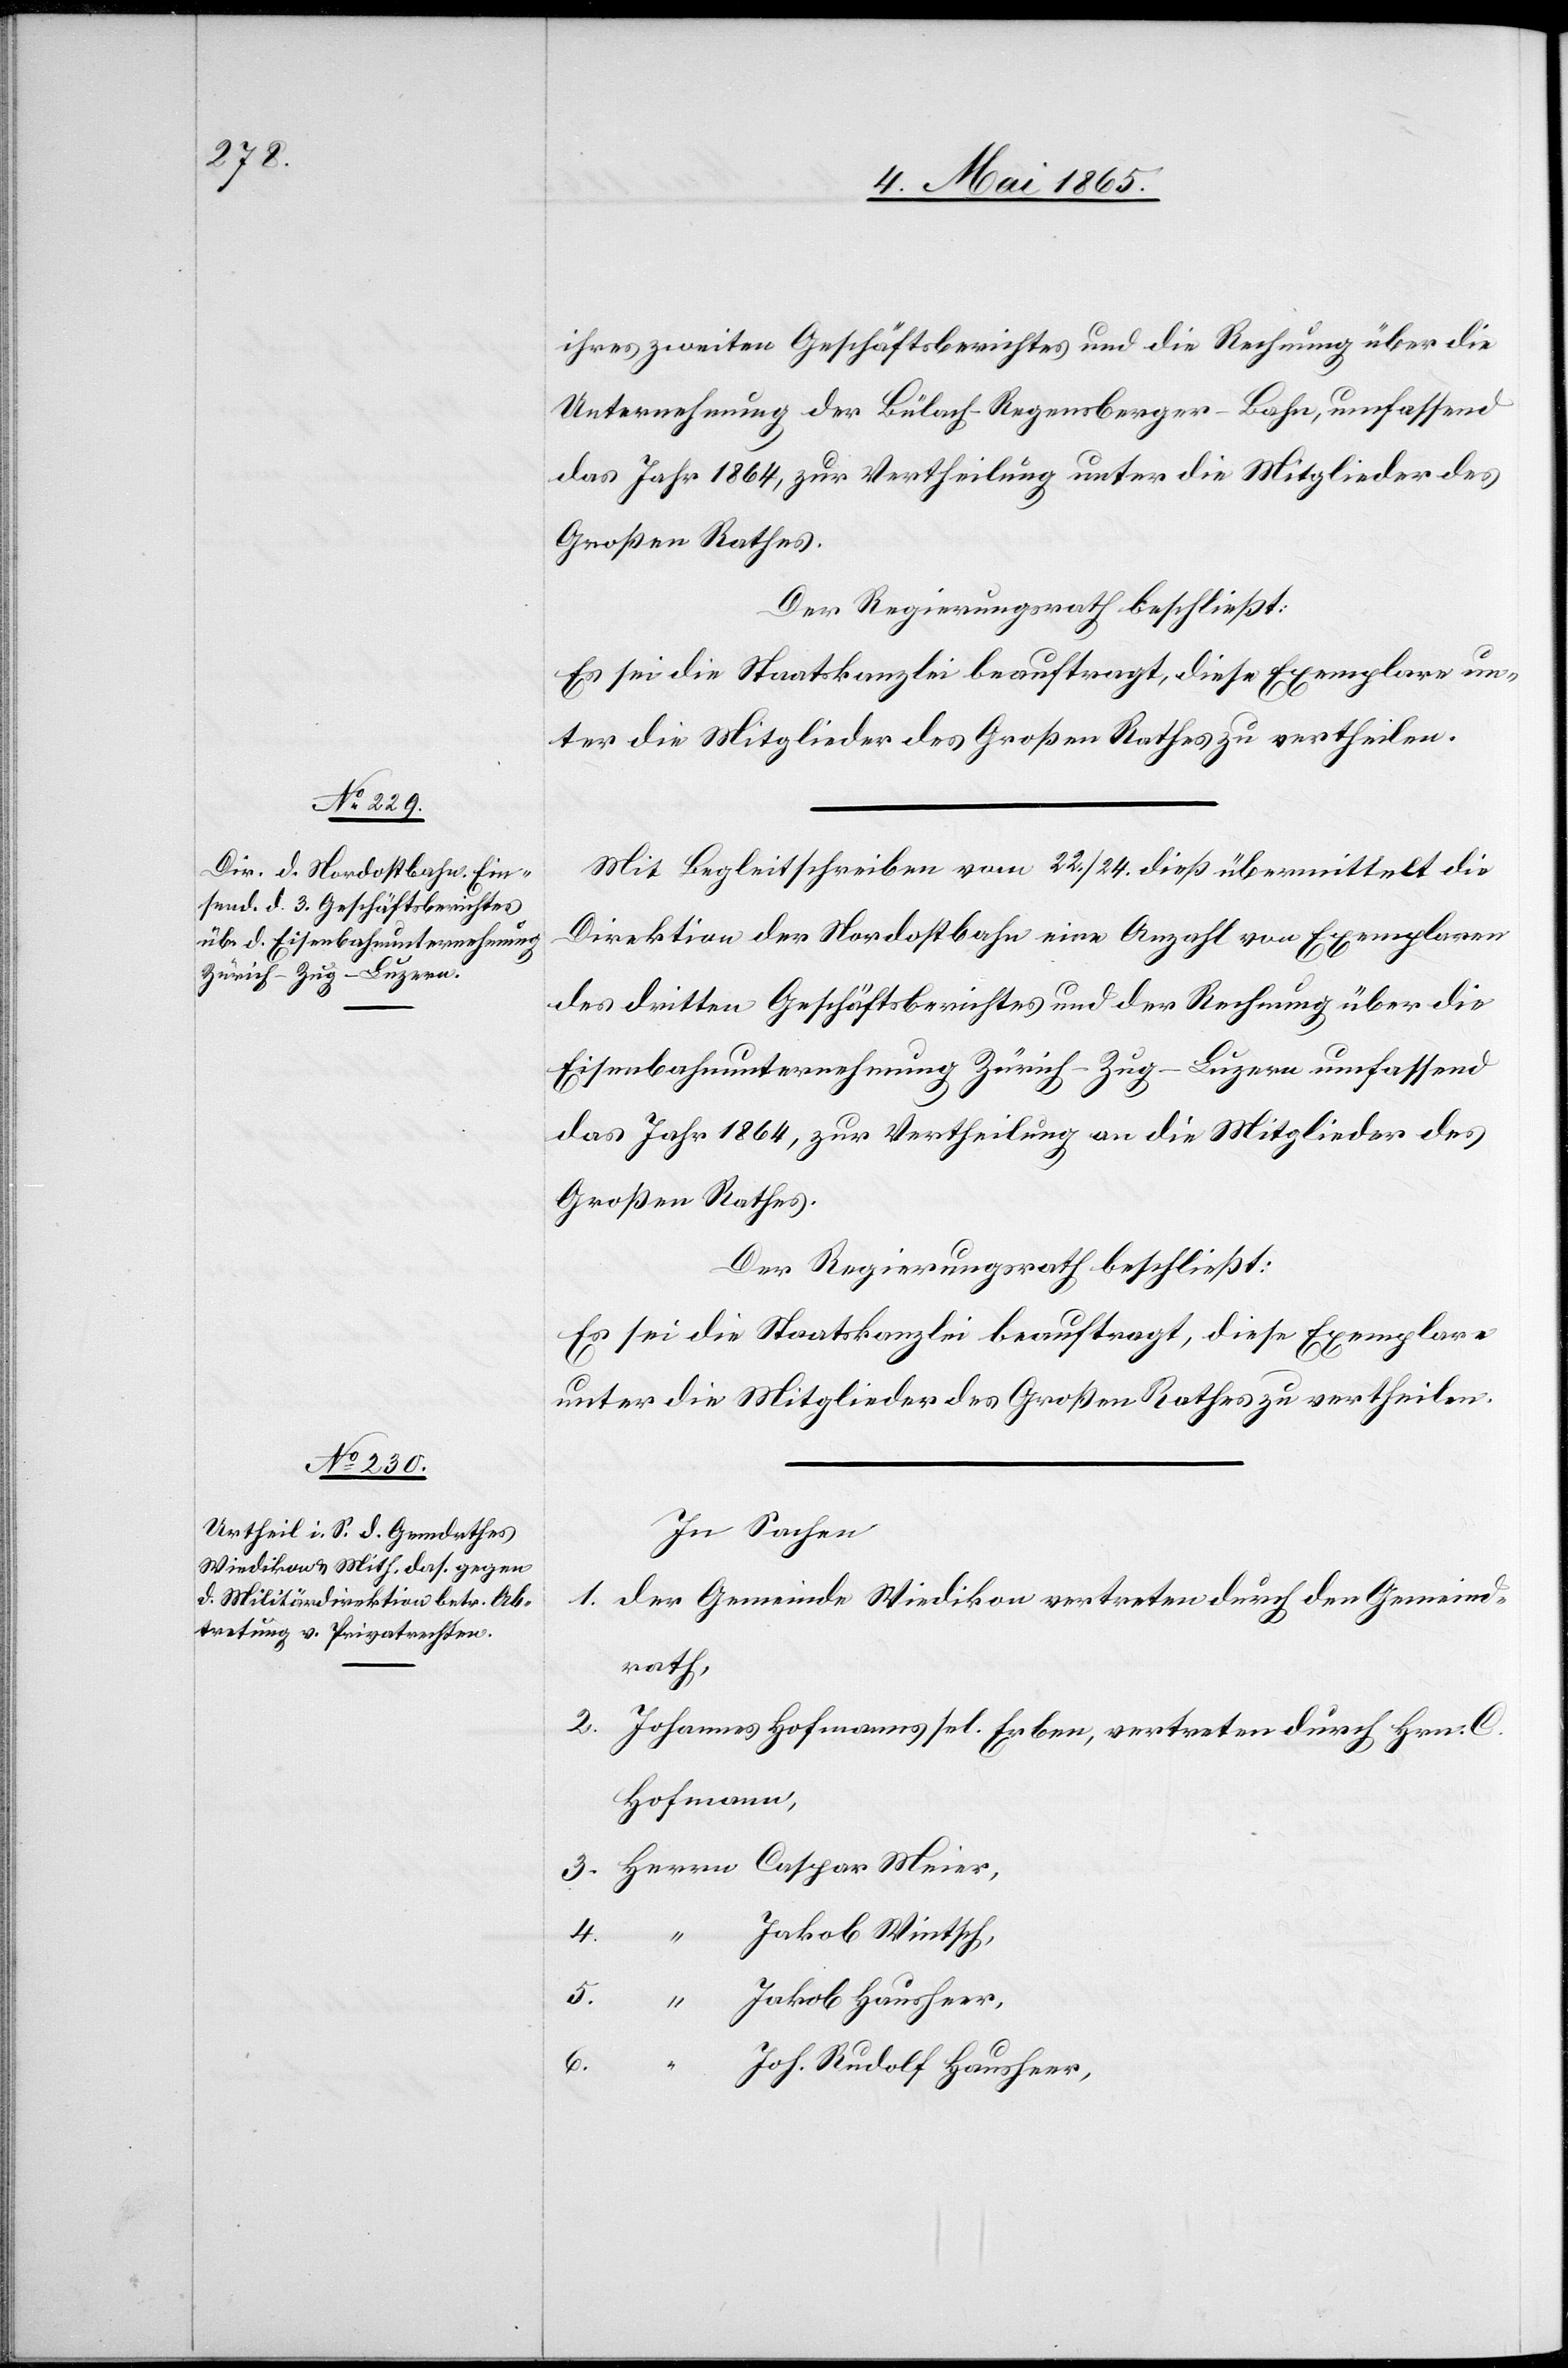
ihres zweiten Geschäftsberichtes und die Rechnung über die
Unternehmung der Bülach-Regensberger-Bahn, umfassend
das Jahr 1864, zur Vertheilung unter die Mitglieder des
Großen Rathes.
Der Regierungsrath beschließt:
Es sei die Staatskanzlei beauftragt, diese Exemplare un¬
ter die Mitglieder des Großen Rathes zu vertheilen.
Mit Begleitschreiben vom 22./24. dieß übermittelt die
Direktion der Nordostbahn eine Anzahl von Exemplaren
des dritten Geschäftsberichtes und der Rechnung über die
Eisenbahnunternehmung Zürich-Zug-Luzern umfassend
das Jahr 1864, zur Vertheilung an die Mitglieder des
Großen Rathes.
Der Regierungsrath beschließt:
Es sei die Staatskanzlei beauftragt, diese Exemplare
unter die Mitglieder des Großen Rathes zu vertheilen.
In Sachen
1. der Gemeinde Wiedikon vertreten durch den Gemeind¬
rath,
2. Johannes Hofmanns sel. Erben, vertreten durch Hrn. C.
Hofmann,
3. Herrn Caspar Meier,
4.
Jakob Wintsch,
5. “ Jakob Hausheer,
6.
Joh. Rudolf Hausheer,